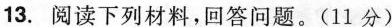
13.阅读下列材料，回答问题。(11分)